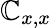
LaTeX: \mathbb{C}_{x,x}